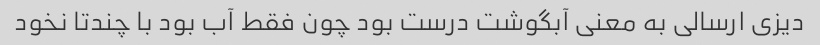
دیزی ارسالی به معنی آبگوشت درست بود چون فقط آب بود با چندتا نخود